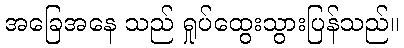
အခြေအနေ သည် ရှုပ်ထွေးသွားပြန်သည်။